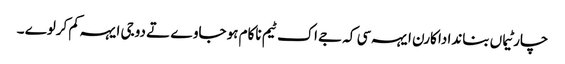
چار ٹیماں بناندا دا کارن ایہہ سی کہ جے اک ٹیم ناکام ہو جاوے تے دوجی ایہہ کم کرلوے ۔